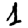
Digit: 1